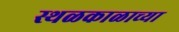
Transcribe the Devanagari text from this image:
स्थळकाळाच्या